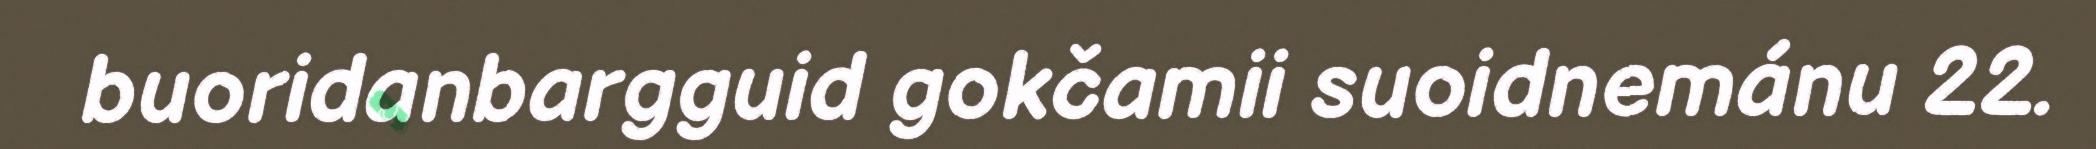
buoridanbargguid gokčamii suoidnemánu 22.